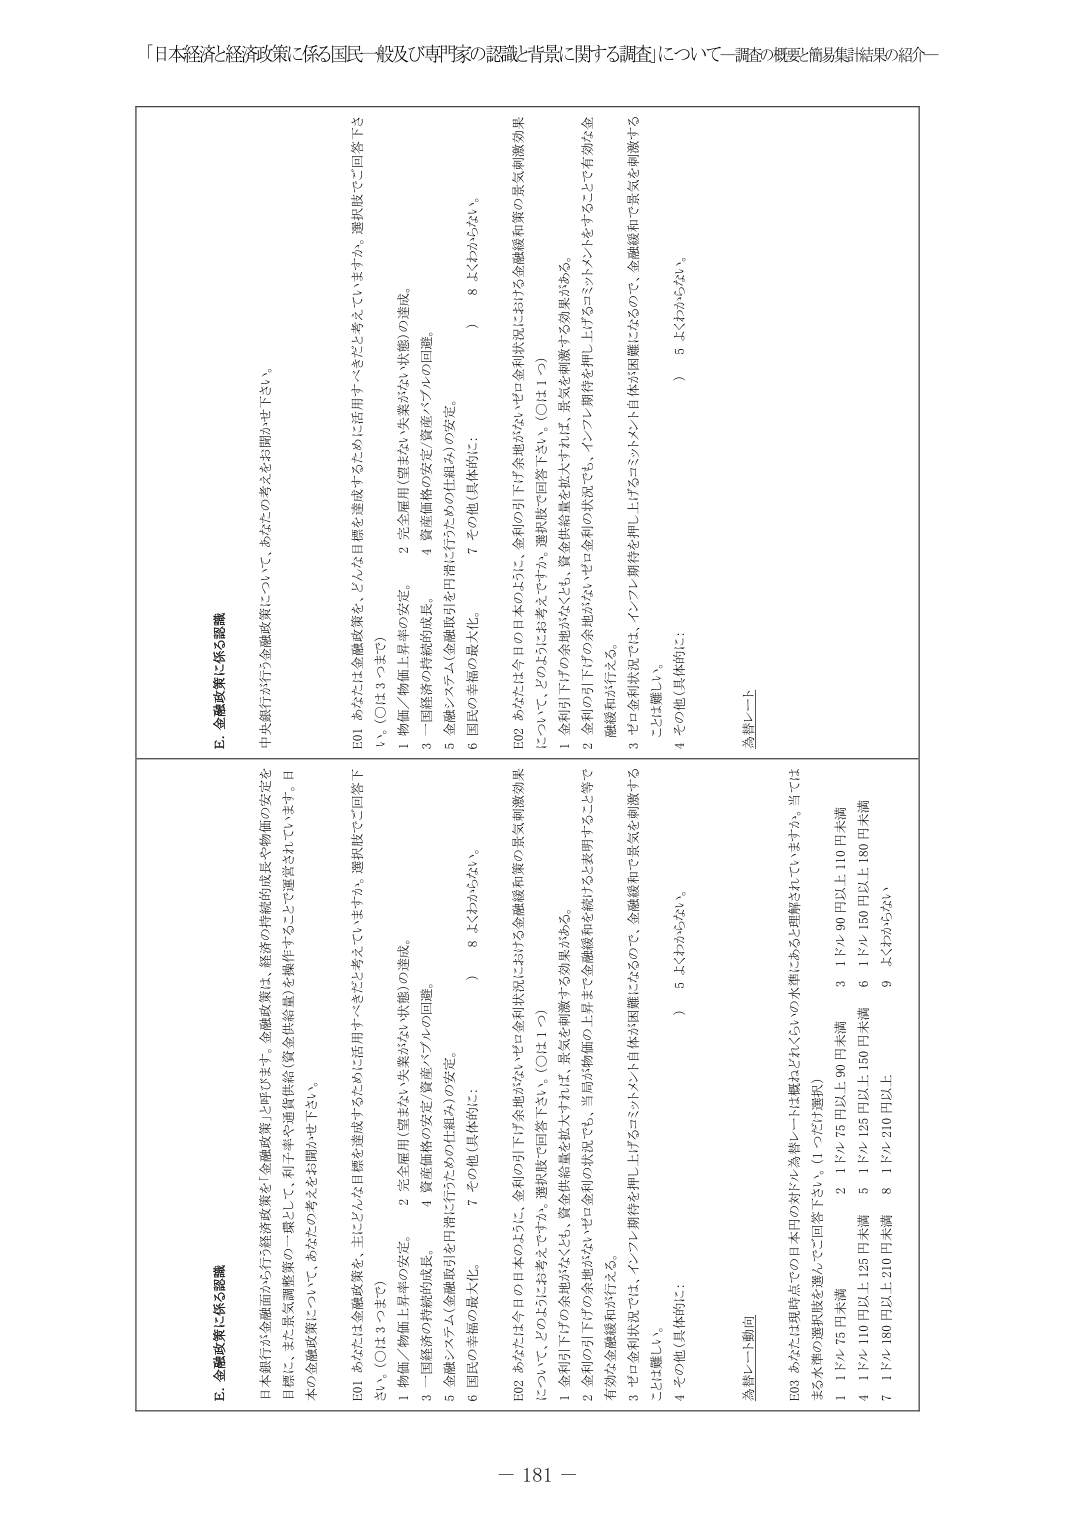
「日本経済と経済政策に係る国民一般及び専門家の認識・背景に関する調査」について―調査の概要・簡易集計結果の紹介―

E. 金融政策に係る認識

日本銀行は金融面から行う経済政策を「金融政策」と呼びます。金融政策は、経済の持続的成長や物価の安定を目標に、主に金融政策で一環として、利子率や通貨供給（資本供給量）を操作することで運営されています。日本の金融政策について、あなたのご考えをお聞かせ下さい。

E01 あなたは金融政策を、主にどんな目的を達成するために活用すべきだと考えていますか。選択肢でご回答下さい。（○は3つまで）

1 物価／物価上昇率の安定。
2 完全雇用（望まない失業がない状態）の達成。
3 一国経済の持続的成長。
4 資産価格の安定（資産バブルの回避）。
5 金融システム（金融取引を円滑に行うための仕組み）の安定。
6 国民の幸福の最大化。
7 その他（具体的に：